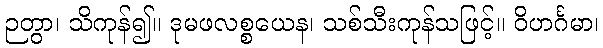
ဉတွာ၊ သိကုန်၍။ ဒုမဖလစ္စယေန၊ သစ်သီးကုန်သဖြင့်။ ဝိဟင်္ဂမာ၊